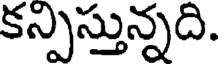
కన్పిస్తున్నది.